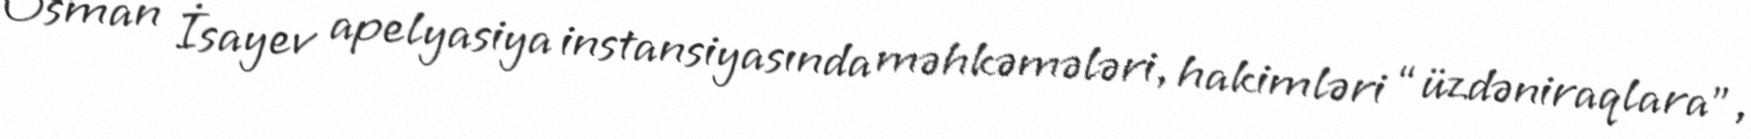
Osman İsayev apelyasiya instansiyasında məhkəmələri, hakimləri “üzdəniraqlara”,